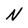
Character: N